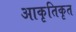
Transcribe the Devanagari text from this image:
आकृतिकृत